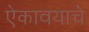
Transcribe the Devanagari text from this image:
ऐकावयाचे